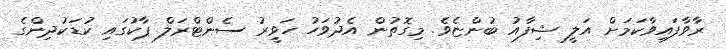
ރާވާފައިވާކަމަށް އަލީ ޝިފާއު ބުންޏެވެ. މިގޮތުން އެދުވަހު ހަވީރު ސެންޓްރަލް ޕާކުގައި ކުޑަކުދިންގެ